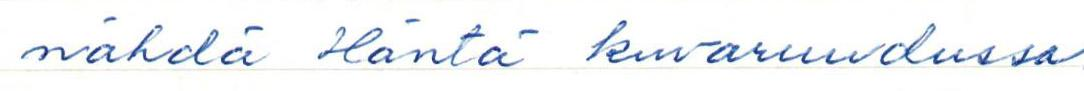
nähdä Häntä kuvaruudussa.